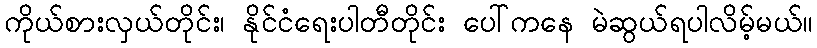
ကိုယ်စားလှယ်တိုင်း၊ နိုင်ငံရေးပါတီတိုင်း ပေါ်ကနေ မဲဆွယ်ရပါလိမ့်မယ်။